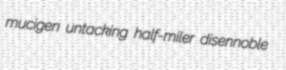
mucigen untacking half-miler disennoble